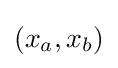
\left(x_{a},x_{b}\right)